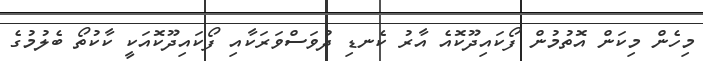
މިހެން މިކަން އޮތުމުން ފޯކައިދޫކޮއެ އާރު ކެނޑި ދުވަސްވަރަކާއި ފޯކައިދޫކޮއަކީ ކާކުތޯ ބެލުމުގެ